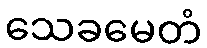
သေခမေတံ